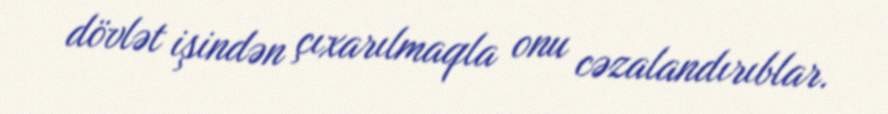
dövlət işindən çıxarılmaqla onu cəzalandırıblar.